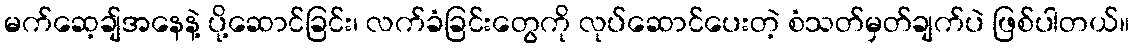
မက်ဆေ့ချ်အနေနဲ့ ပို့ဆောင်ခြင်း၊ လက်ခံခြင်းတွေကို လုပ်ဆောင်ပေးတဲ့ စံသတ်မှတ်ချက်ပဲ ဖြစ်ပါတယ်။